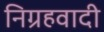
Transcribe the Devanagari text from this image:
निग्रहवादी